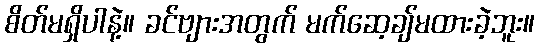
စိတ်မရှိပါနဲ့။ ခင်ဗျားအတွက် မက်ဆေ့ချ်မထားခဲ့ဘူး။